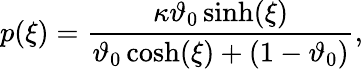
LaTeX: p(\xi)=\frac{\kappa\vartheta_{0}\sinh(\xi)}{\vartheta_{0}\cosh(\xi)+(1-\vartheta_{0})},